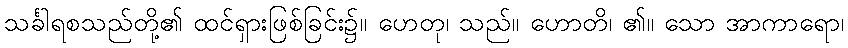
သင်္ခါရစသည်တို့၏ ထင်ရှားဖြစ်ခြင်း၌။ ဟေတု၊ သည်။ ဟောတိ၊ ၏။ သော အာကာရော၊